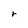
Character: r